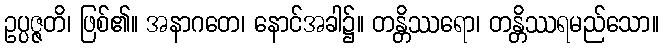
ဥပ္ပဇ္ဇတိ၊ ဖြစ်၏။ အနာဂတေ၊ နောင်အခါ၌။ တန္တိဿရော၊ တန္တိဿရမည်သော။